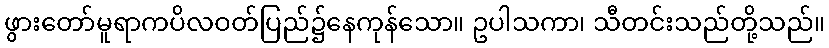
ဖွားတော်မူရာကပိလဝတ်ပြည်၌နေကုန်သော။ ဥပါသကာ၊ သီတင်းသည်တို့သည်။